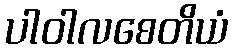
ပါဝါလစေတိယံ